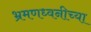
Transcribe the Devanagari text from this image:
भ्रमणध्वनीच्या